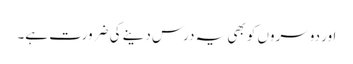
اور دوسروں کو بھی یہ درس دینے کی ضرورت ہے۔